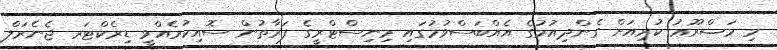
މި މަޝްރޫޢު ކުރިއަށް ގެންދިއުމުގެ އެއްބަސްވުމުގައި މިނިސްޓްރީގެ ފަރާތުން ސޮއިކުރެއްވީ ޑިރެކްޓަރ ޖެނެރަލް